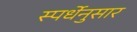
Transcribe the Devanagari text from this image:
स्पर्धेनुसार